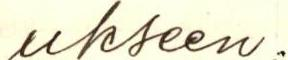
ukseen.